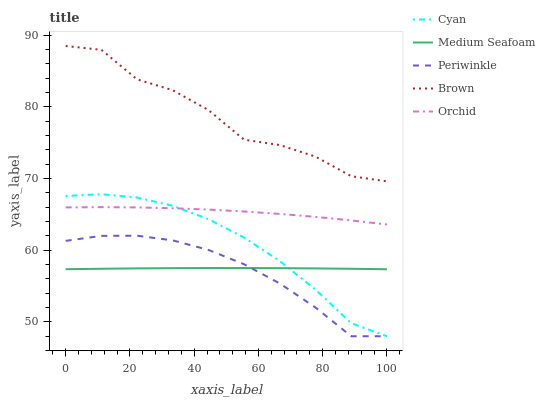
| xaxis_label | Cyan | Medium Seafoam | Periwinkle | Brown | Orchid |
 | --- | --- | --- | --- | --- | --- |
 | 0 | 67.6 | 57.3 | 61.3 | 88.5 | 66 |
 | 11.1 | 67.8 | 57.4 | 62 | 87.9 | 66 |
 | 22.2 | 67.4 | 57.5 | 62 | 83.8 | 66 |
 | 33.3 | 66.2 | 57.5 | 61.4 | 82.3 | 65.9 |
 | 44.4 | 64.3 | 57.5 | 60 | 79.5 | 65.7 |
 | 55.6 | 61.8 | 57.5 | 58 | 75.4 | 65.4 |
 | 66.7 | 58.5 | 57.5 | 55.4 | 74.7 | 65.1 |
 | 77.8 | 54.5 | 57.5 | 52 | 73 | 64.6 |
 | 88.9 | 49.8 | 57.4 | 48 | 70.3 | 64.2 |
 | 100 | 48 | 57.3 | 48 | 69.6 | 63.6 |